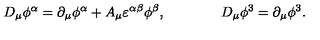
D _ { \mu } \phi ^ { \alpha } = \partial _ { \mu } \phi ^ { \alpha } + A _ { \mu } \varepsilon ^ { \alpha \beta } \phi ^ { \beta } , \qquad \qquad D _ { \mu } \phi ^ { 3 } = \partial _ { \mu } \phi ^ { 3 } .